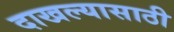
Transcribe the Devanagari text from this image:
दाखल्यासाठी